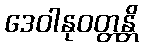
ဒေဝါနုဝတ္တန္တိ